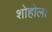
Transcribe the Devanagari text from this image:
शोहोला